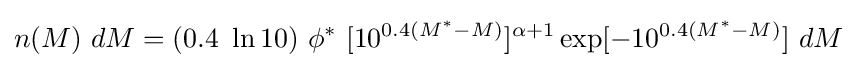
n(M)~dM=(0.4\ \ln 10)\ \phi ^{*}\ [10^{0.4(M^{*}-M)}]^{\alpha +1}\exp[-10^{0.4(M^{*}-M)}]~dM